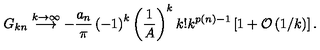
G _ { k n } \stackrel { k \rightarrow \infty } { \longrightarrow } - \frac { a _ { n } } { \pi } \left( - 1 \right) ^ { k } \left( \frac { 1 } { A } \right) ^ { k } k ! k ^ { p ( n ) - 1 } \left[ 1 + { \cal O } \left( 1 / k \right) \right] .